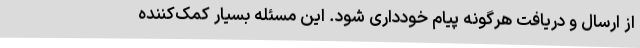
از ارسال و دریافت هرگونه پیام خودداری شود. این مسئله بسیار کمک‌کننده